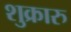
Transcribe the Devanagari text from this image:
शुक्रारु